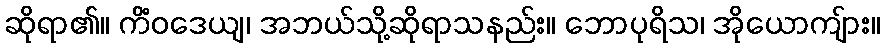
ဆိုရာ၏။ ကိံဝဒေယျ၊ အဘယ်သို့ဆိုရာသနည်း။ ဘောပုရိသ၊ အိုယောကျ်ား။